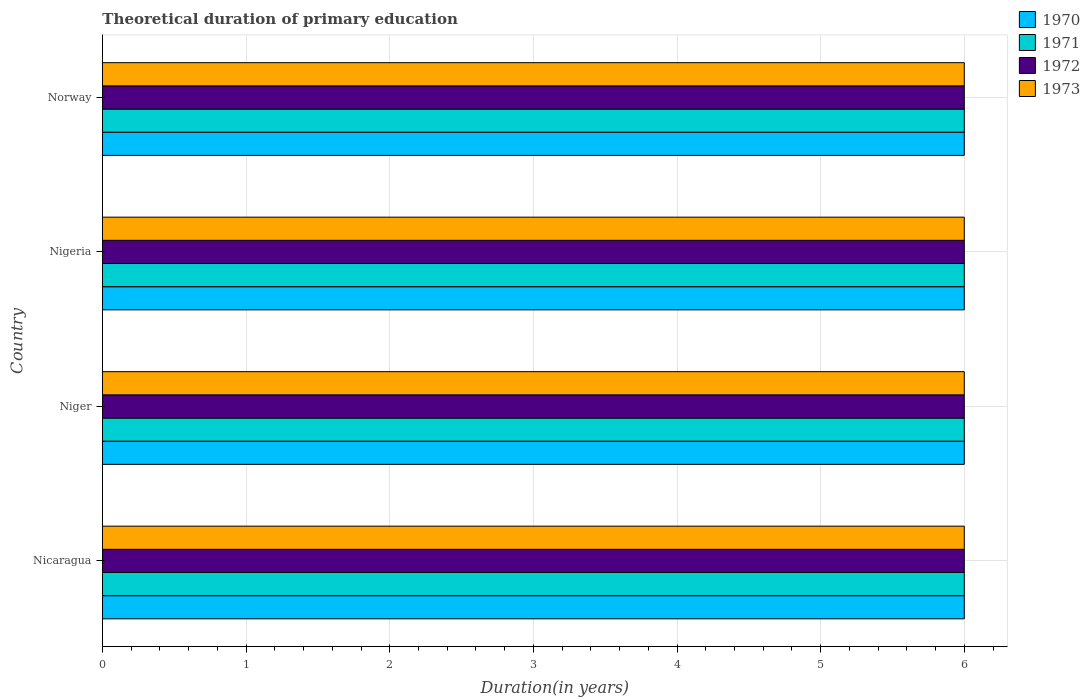
| Country | 1970 | 1971 | 1972 | 1973 |
 | --- | --- | --- | --- | --- |
 | Nicaragua | 6 | 6 | 6 | 6 |
 | Niger | 6 | 6 | 6 | 6 |
 | Nigeria | 6 | 6 | 6 | 6 |
 | Norway | 6 | 6 | 6 | 6 |